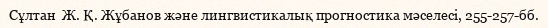
Сұлтан  Ж. Қ. Жұбанов және лингвистикалық прогностика мәселесі, 255-257-бб.